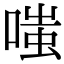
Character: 嗤